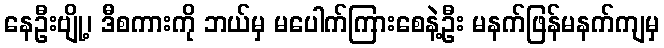
နေဦးဗျို့၊ ဒီစကားကို ဘယ်မှ မပေါက်ကြားစေနဲ့ဦး မနက်ဖြန်မနက်ကျမှ